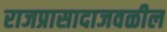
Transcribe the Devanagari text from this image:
राजप्रासादाजवळील